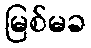
မြစ်မခ